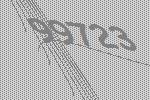
99723